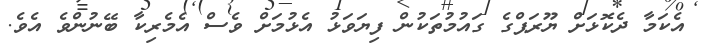
އެކަމާ ދެކޮޅަށް ޔޫރަޕްގެ ގައުމުތަކުން ފިޔަވަޅު އެޅުމަށް ވެސް އެމެރިކާ ބޭނުންވެ އެވެ.